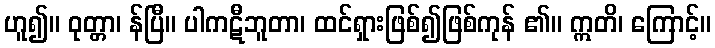
ဟူ၍။ ဝုတ္တာ၊ န်ပြီ။ ပါကဋီဘူတာ၊ ထင်ရှားဖြစ်၍ဖြစ်ကုန် ၏။ ဣတိ၊ ကြောင့်။